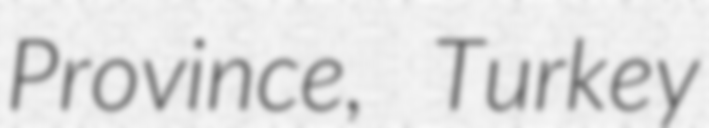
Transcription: Province, Turkey